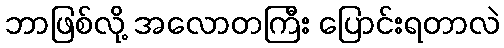
ဘာဖြစ်လို့ အလောတကြီး ပြောင်းရတာလဲ